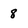
Character: 8